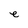
Character: e